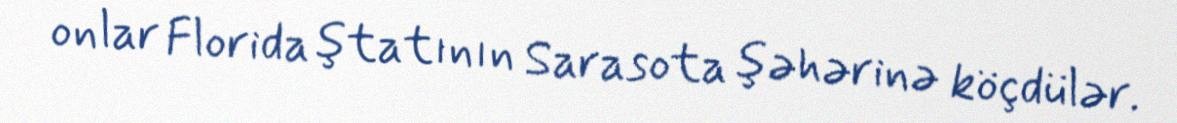
onlar Florida ştatının Sarasota şəhərinə köçdülər.